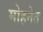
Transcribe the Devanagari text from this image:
मोहनेत